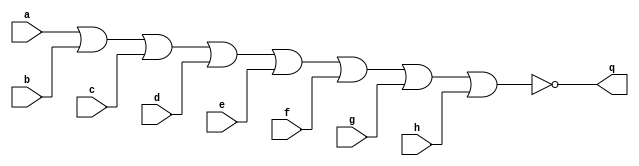
`timescale 1ns / 1ps
//////////////////////////////////////////////////////////////////////////////////
// Company: 
// Engineer: 
// 
// Design Name: 
// Module Name: andgate
// Project Name: 
// Target Devices: 
// Tool Versions: 
// Description: 
// 
// Dependencies: 
// 
// Revision:
// Revision 0.01 - File Created
// Additional Comments:
// 
//////////////////////////////////////////////////////////////////////////////////

module norgate
#(parameter Port_Num = 2,
parameter WIDTH = 8 )(
input [(WIDTH-1):0]a, 
input [(WIDTH-1):0]b, 
input [(WIDTH-1):0]c, 
input [(WIDTH-1):0]d, 
input [(WIDTH-1):0]e, 
input [(WIDTH-1):0]f, 
input [(WIDTH-1):0]g, 
input [(WIDTH-1):0]h, 
output[(WIDTH-1):0]q
    );
assign q = ~(a | b | c | d | e | f | g | h);
endmodule